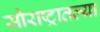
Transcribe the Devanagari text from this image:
सौराष्ट्रातल्या